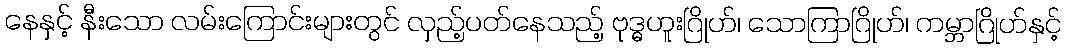
နေနှင့် နီးသော လမ်းကြောင်းများတွင် လှည့်ပတ်နေသည့် ဗုဒ္ဓဟူးဂြိုဟ်၊ သောကြာဂြိုဟ်၊ ကမ္ဘာဂြိုဟ်နှင့်